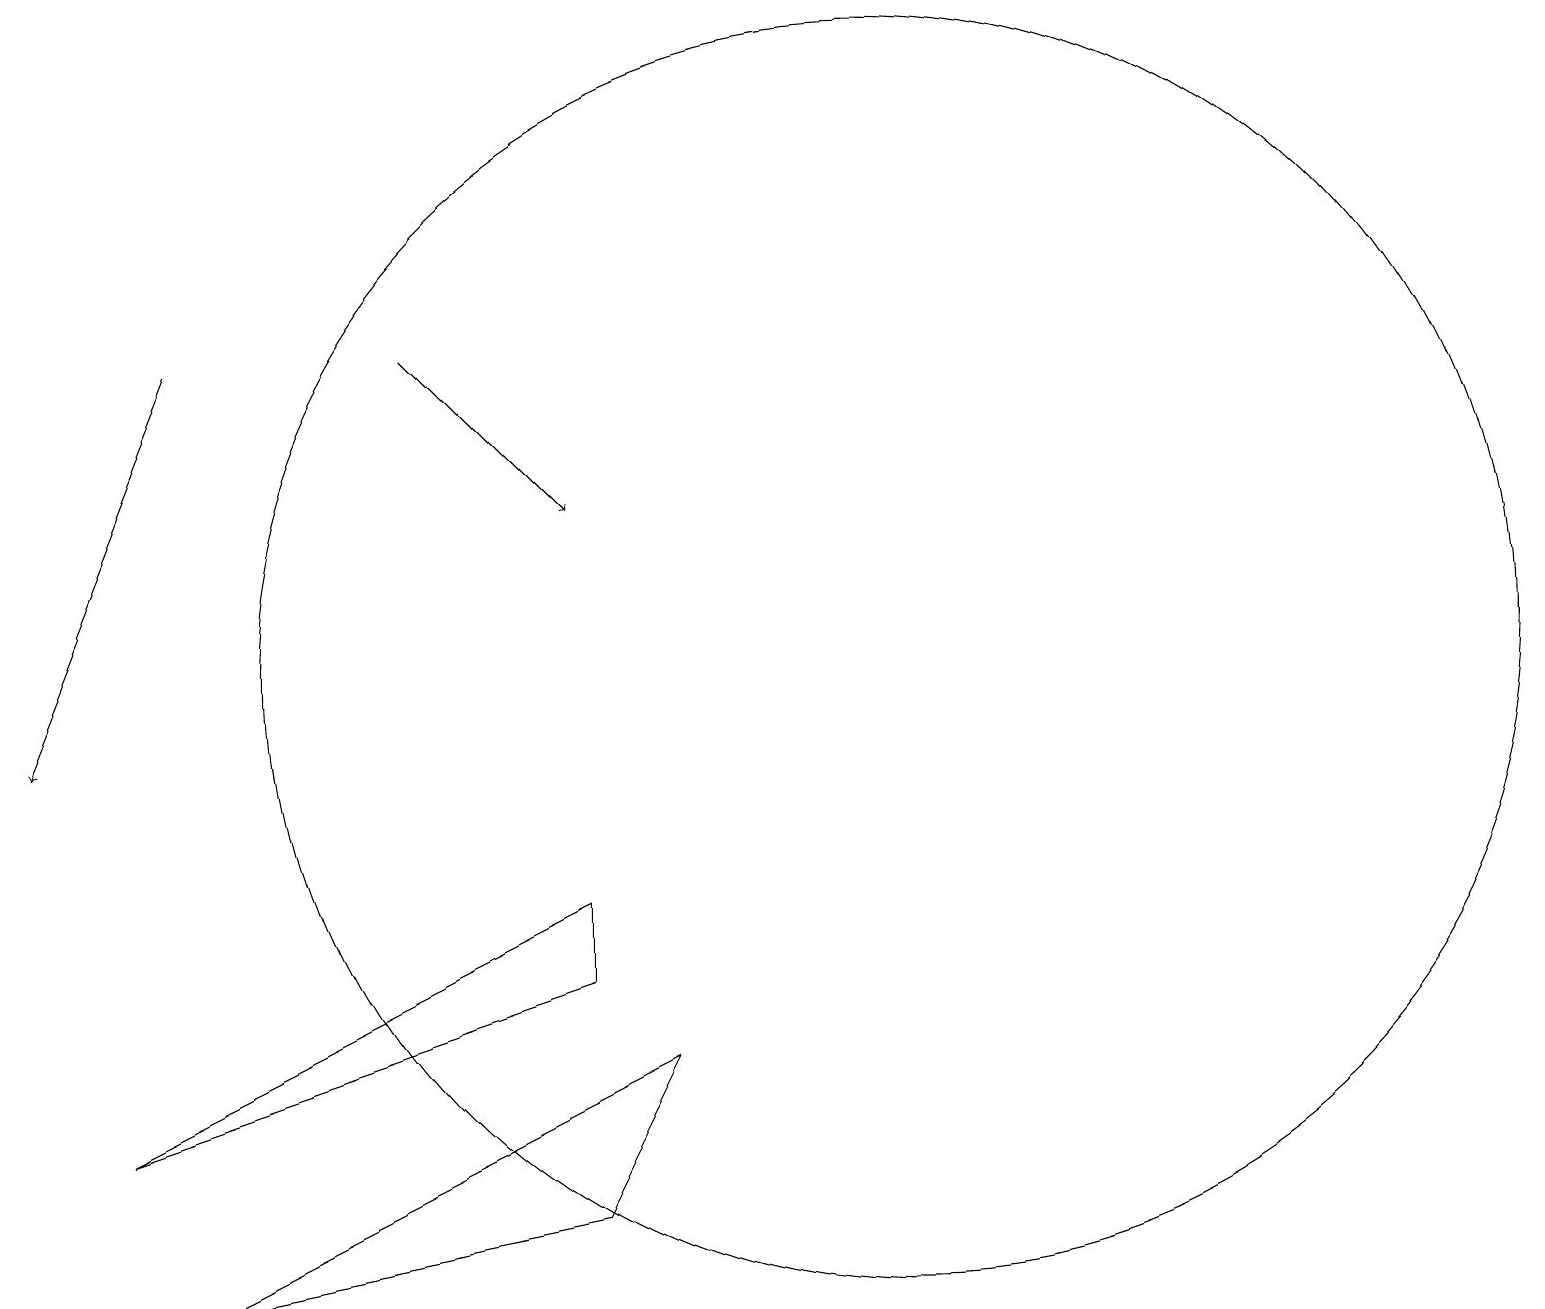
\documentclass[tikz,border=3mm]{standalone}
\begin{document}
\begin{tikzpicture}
\draw (7,8) -- (7,7) -- (1,5) -- cycle;
\draw (7,4) -- (8,6) -- (2,3) -- cycle;
\draw[->] (5,15) -- (7,13);
\draw (11,11) circle (8);
\draw[->] (2,15) -- (0,10);
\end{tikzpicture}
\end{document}